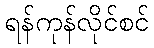
ရန်ကုန်လိုင်စင်